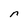
Character: r